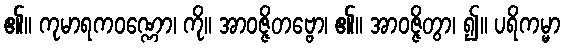
၏။ ကုမာရကဝဏ္ဏော၊ ကို။ အာဝဇ္ဇိတဗ္ဗော၊ ၏။ အာဝဇ္ဇိတွာ၊ ၍။ ပရိကမ္မာ